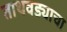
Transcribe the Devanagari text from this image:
ताथवड्याचा